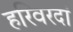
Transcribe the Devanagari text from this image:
हरिवरदां